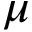
\mu